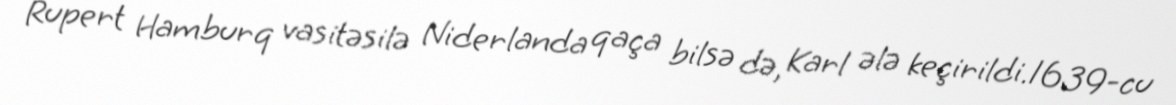
Rupert Hamburq vasitəsilə Niderlanda qaça bilsə də, Karl ələ keçirildi.1639-cu